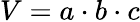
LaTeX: V=a\cdot b\cdot c